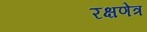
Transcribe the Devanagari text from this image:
रक्षणेत्र